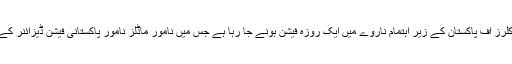
مزید تفصیلات کے مطابق کلرز آف پاکستان کے زیر اہتمام ناروے میں ایک روزہ فیشن ہونے جا رہا ہے جس میں نامور ماڈلز نامور پاکستانی فیشن ڈیزائنر کے ملبوسات زیب تن کرینگی۔